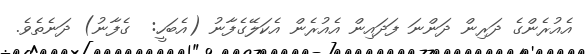
އެއުރެންގެ ދަރިން ދަންނަ ފަދައިން އެއުރެން އެކަލޭގެފާނު (އެބަހީ:  ގެފާނު) ދަނެތެވެ.